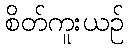
စိတ်ကူးယဉ်